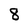
Character: 8